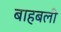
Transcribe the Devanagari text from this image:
बाहबली